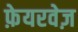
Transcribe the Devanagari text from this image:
फ़ेयरवेज़